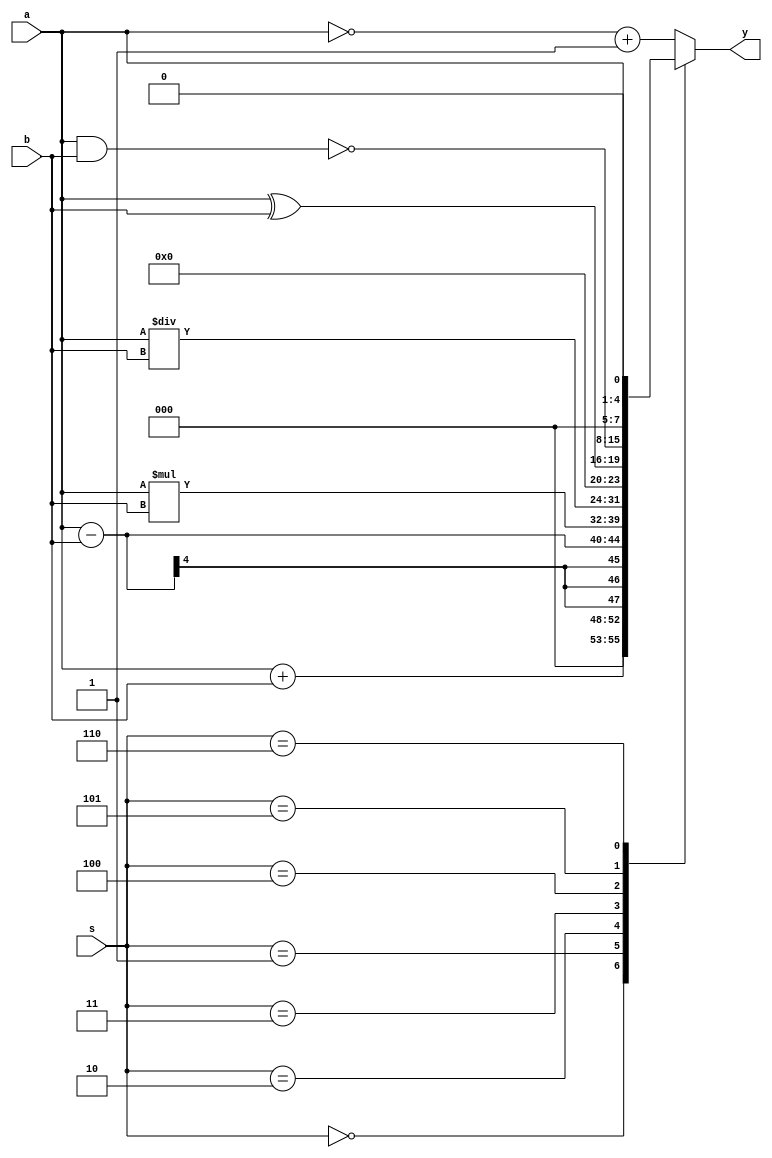
module alu(
     input [3:0] a,b,
    input [2:0] s,
    output reg [7:0] y
    );

always @(a,b,s) 
begin
case(s)
3'b000:y=a+b;
3'b001:y=a-b;
3'b010:y=a*b;
3'b011:y=a/b;
3'b100:y=a^b;
3'b101:y=~(a&b);
3'b110:y=a<<1;
default:y=(~a)+1;
endcase
end
endmodule